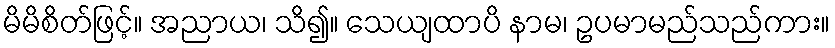
မိမိစိတ်ဖြင့်။ အညာယ၊ သိ၍။ သေယျထာပိ နာမ၊ ဥပမာမည်သည်ကား။